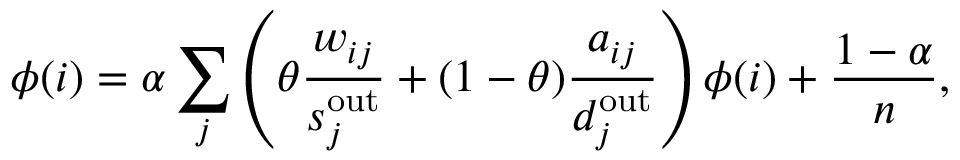
\phi ( i ) = \alpha \sum _ { j } \left( \theta \frac { w _ { i j } } { s _ { j } ^ { \mathrm { o u t } } } + ( 1 - \theta ) \frac { a _ { i j } } { d _ { j } ^ { \mathrm { o u t } } } \right) \phi ( i ) + \frac { 1 - \alpha } { n } ,